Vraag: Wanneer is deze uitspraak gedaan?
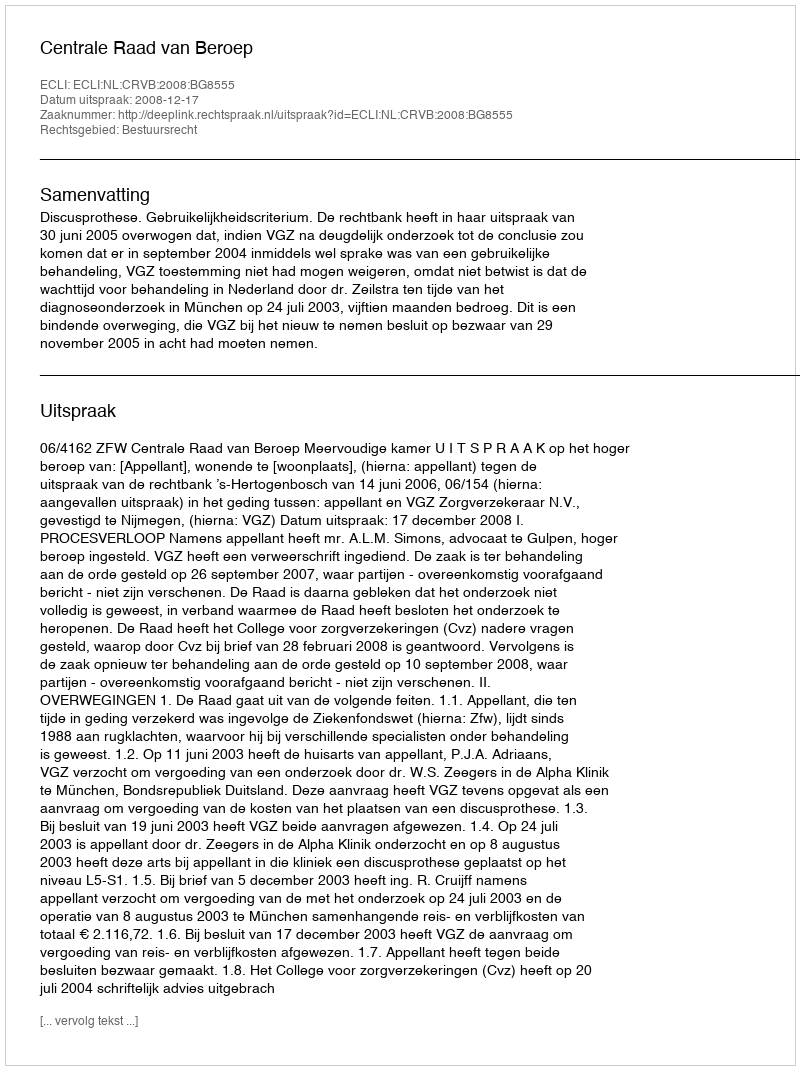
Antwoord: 2008-12-17